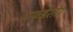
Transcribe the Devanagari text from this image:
सफईराोर